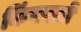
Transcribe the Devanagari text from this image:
किंगसले